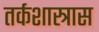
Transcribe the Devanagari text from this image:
तर्कशास्त्रास